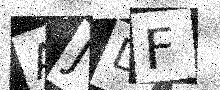
Text: AJDF